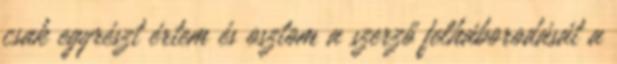
csak egyrészt értem és osztom a szerző felháborodását a